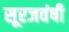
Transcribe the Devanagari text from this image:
सूरजवंषी